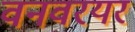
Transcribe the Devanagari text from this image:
वनवरयर